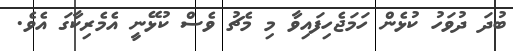
ބުދަ ދުވަހު ކުޅެން ހަމަޖެހިފައިވާ މި މެޗު ވެސް ކުޅޭނީ އެމެރިކާގަ އެވެ.